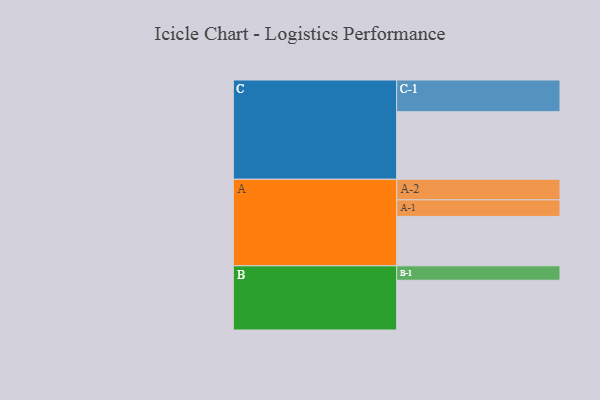
{"axis": {"x": "Segment", "y": "Value"}, "legend": ["", "A", "B", "C"], "data": [{"x": "A", "y": 411, "type": ""}, {"x": "B", "y": 414, "type": ""}, {"x": "C", "y": 562, "type": ""}, {"x": "A-1", "y": 138, "type": "A"}, {"x": "A-2", "y": 171, "type": "A"}, {"x": "B-1", "y": 120, "type": "B"}, {"x": "C-1", "y": 264, "type": "C"}]}